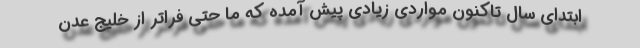
ابتدای سال تاکنون مواردی زیادی پیش آمده که ما حتی فراتر از خلیج عدن